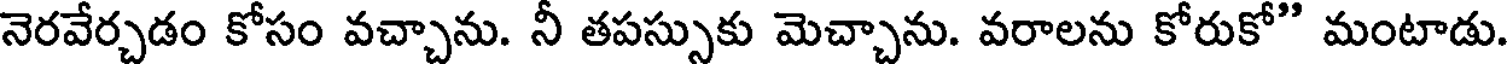
నెరవేర్చడం కోసం వచ్చాను. నీ తపస్సుకు మెచ్చాను. వరాలను కోరుకో" మంటాడు.